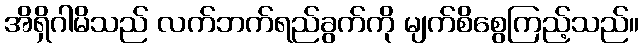
အိရှိဂါမိသည် လက်ဘက်ရည်ခွက်ကို မျက်စိစွေကြည့်သည်။